Manual of the Civil Veterinary Department, Central Provinces and Berar
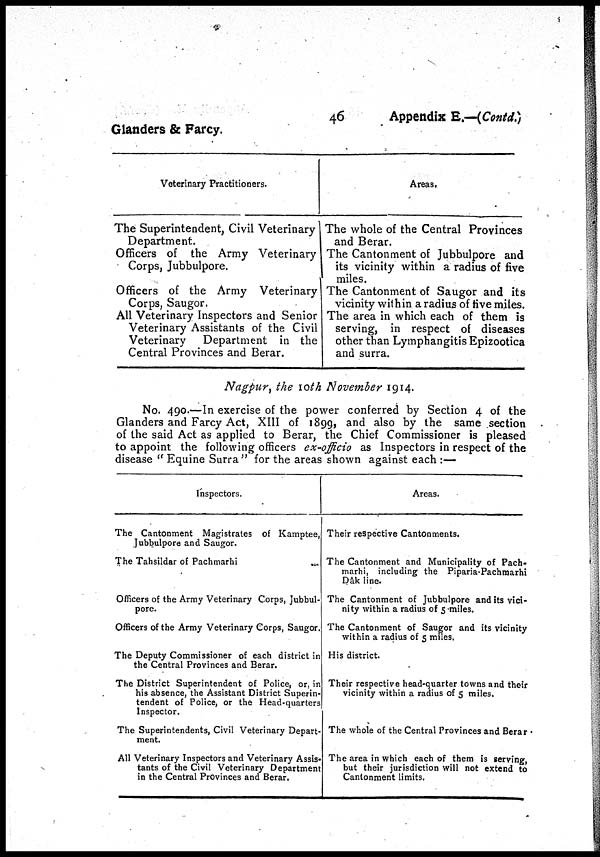
46
Appendix E.—(Contd.)
Glanders & Farcy.
Veterinary Practitioners.
The Superintendent, Civil Veterinary
Department.
Officers of the Army Veterinary
Corps, Jubbulpore.
Officers of the Army Veterinary
Corps, Saugor.
All Veterinary Inspectors and Senior
Veterinary Assistants of the Civil
Veterinary
Department in the
Central Provinces and Berar.
Areas.
The whole of the Central Provinces
and Berar.
The Cantonment of Jubbulpore and
its vicinity within a radius of five
miles.
The Cantonment of Saugor and its
vicinity within a radius of five miles.
The area in which each of them is
serving, in respect of diseases
other than Lymphangitis Epizootica
and surra.
Nagpur, the 10th November 1914.
No. 490.—In exercise of the power conferred by Section 4 of the
Glanders and Farcy Act, XIII of 1899, and also by the same section
of the said Act as applied to Berar, the Chief Commissioner is pleased
to appoint the following officers ex-officio as Inspectors in respect of the
disease " Equine Surra" for the areas shown against each :—
Inspectors.
The Cantonment Magistrates of Kamptee,
Jubbulpore and Saugor.
The Tahsildar of Pachmarhi
...
Officers of the Army Veterinary Corps, Jubbul-
pore.
Officers of the Army Veterinary Corps, Saugor.
The Deputy Commissioner of each district in
the Central Provinces and Berar.
The District Superintendent of Police, or, in
his absence, the Assistant District Superin-
tendent of Police, or the Head-quarters
Inspector.
The Superintendents, Civil Veterinary Depart-
ment.
All Veterinary Inspectors and Veterinary Assis-
tants of the Civil Veterinary Department
in the Central Provinces and Berar.
Areas.
Their respective Cantonments.
The Cantonment and Municipality of Pach-
marhi, including the Piparia-Pachmarhi
Qàk line.
The Cantonment of Jubbulpore and Its vici-
nity within a radius of 5 miles.
The Cantonment of Saugor and its vicinity
within a radius of 5 miles.
His district.
Their respective head-quarter towns and their
vicinity within a radius of 5 miles.
The whole of the Central Provinces and Berar
The area in which each of them is serving,
but their jurisdiction will not extend to
Cantonment limits.